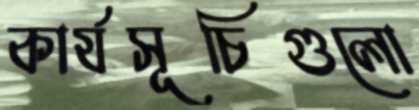
কার্যসূচিগুলো